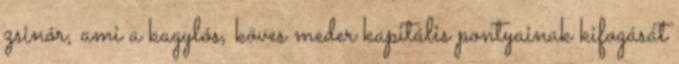
zsinór, ami a kagylós, köves meder kapitális pontyainak kifogását